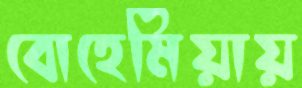
বোহেমিয়ায়